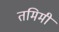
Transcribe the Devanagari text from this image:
तमिमी